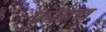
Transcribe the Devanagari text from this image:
फ़ॉग़ल